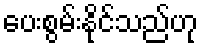
ပေးစွမ်းနိုင်သည်ဟု